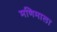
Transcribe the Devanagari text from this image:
मणिमाला